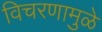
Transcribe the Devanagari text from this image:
विचरणामुळे